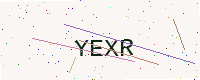
Text: YEXR